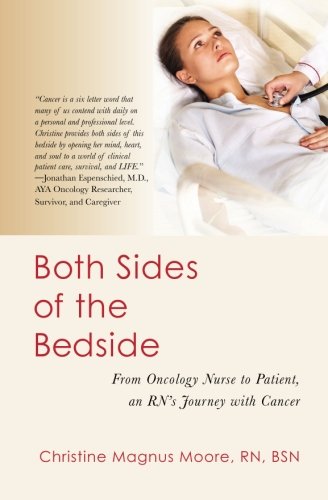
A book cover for Both Sides of the Bedside: From Oncology Nurse to Patient, an RN's Journey with Cancer; RN, BSN Christine Magnus Moore; Medical Books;